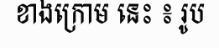
ខាងក្រោម នេះ ៖ រូប